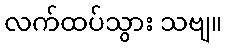
လက်ထပ်သွား သဗျ။